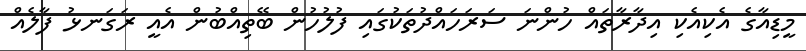
މީޑިއާގެ އެކިއެކި އިދާރާތައް ހުންނަ ސަރަހައްދުތަކުގައި ފުލުހުން ބޭތިއްބުން އެއީ ރަގަނޅު ފާލެއް